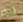
أنت